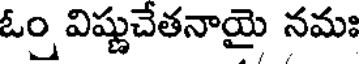
ఓం విష్ణుచేతనాయై నమః